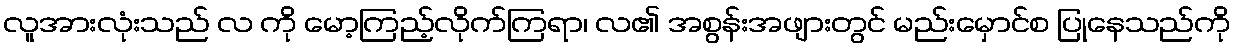
လူအားလုံးသည် လ ကို မော့ကြည့်လိုက်ကြရာ၊ လ၏ အစွန်းအဖျားတွင် မည်းမှောင်စ ပြုနေသည်ကို